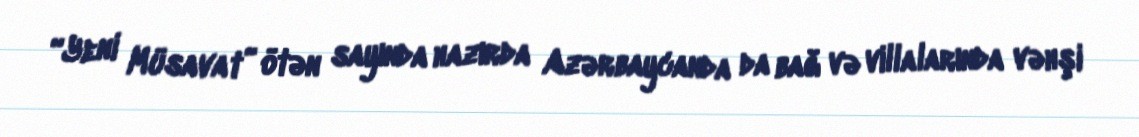
“Yeni Müsavat” ötən sayında hazırda Azərbaycanda da bağ və villalarında vəhşi